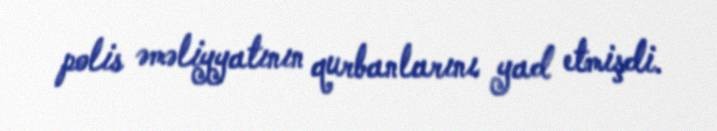
polis əməliyyatının qurbanlarını yad etmişdi.